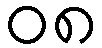
၀၈